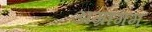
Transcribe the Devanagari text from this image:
अग्रागम